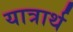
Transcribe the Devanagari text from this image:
यात्रार्थ